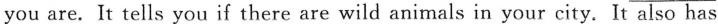
you are. It tells you if there are wild animals in your city. It also has